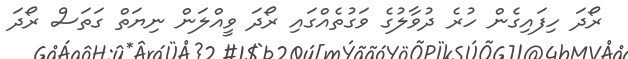
ރޯދަ ހިފައިގެން ހުރެ ދުވާލުގެ ވަގުތެއްގައި ރޯދަ ވީއްލަން ނިޔަތް ގަތަސް ރޯދަ